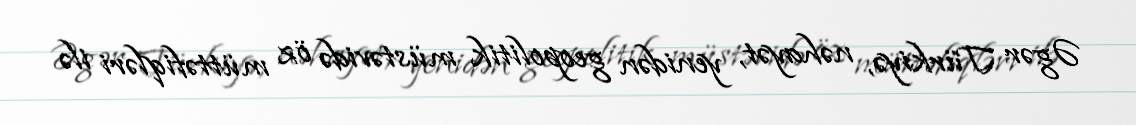
Əgər Türkiyə, nəhayət, yenidən geopolitik müstəvidə öz müttəfiqləri ilə